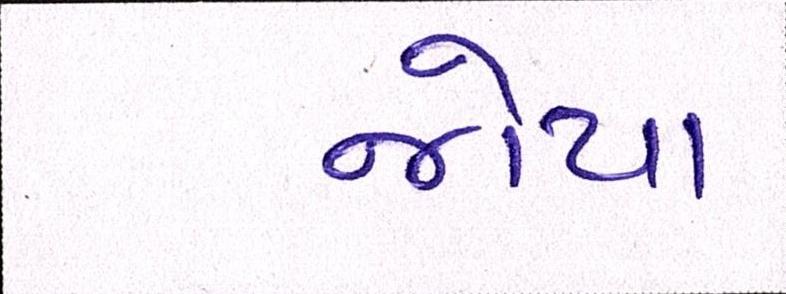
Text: જોયા